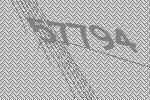
57794